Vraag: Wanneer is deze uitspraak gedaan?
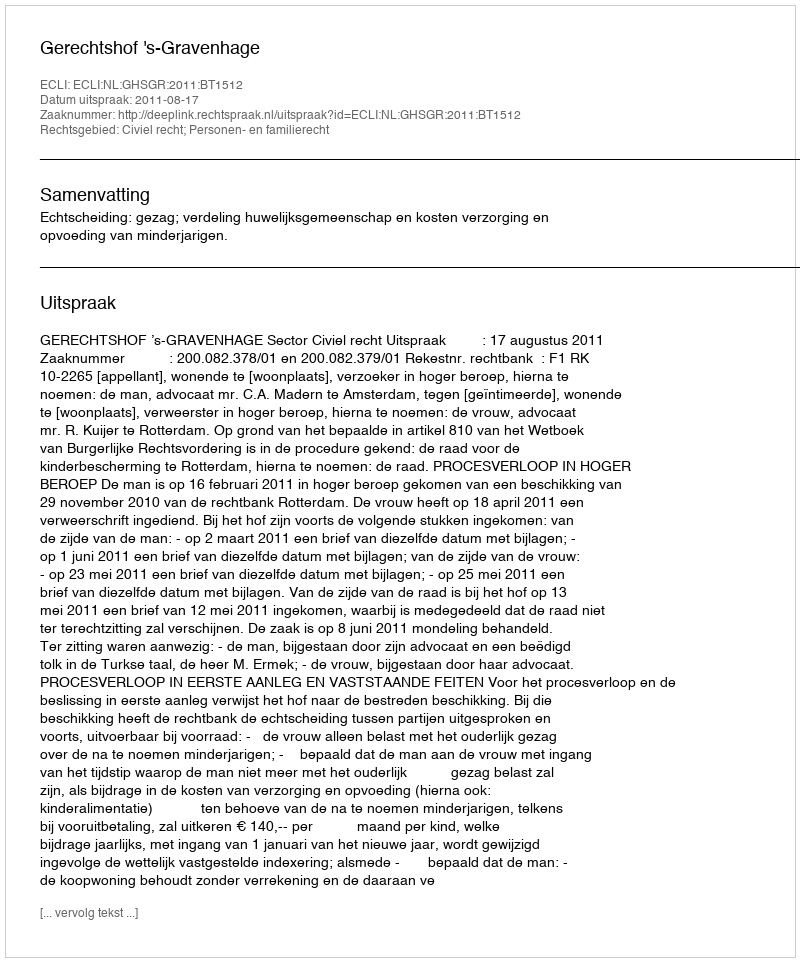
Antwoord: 2011-08-17